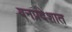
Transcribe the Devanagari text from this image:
वनप्रदेशात